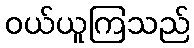
ဝယ်ယူကြသည်